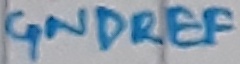
Text: GNDREF